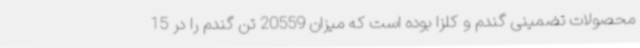
محصولات تضمینی گندم و کلزا بوده است که میزان 20559 تن گندم را در 15